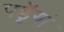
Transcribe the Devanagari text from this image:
पडॅ़ूगां